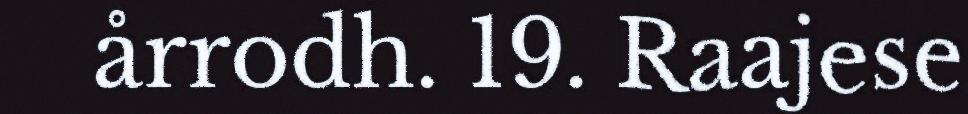
årrodh. 19. Raajese